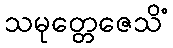
သမုတ္တေဇေသိံ